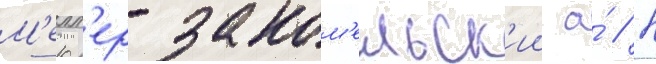
М'елл'ер-заком'ельск'ии а́ // Н